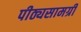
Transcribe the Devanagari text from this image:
पीठ्यसामग्री